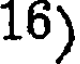
16)